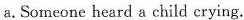
a.Someone heard a child erying.